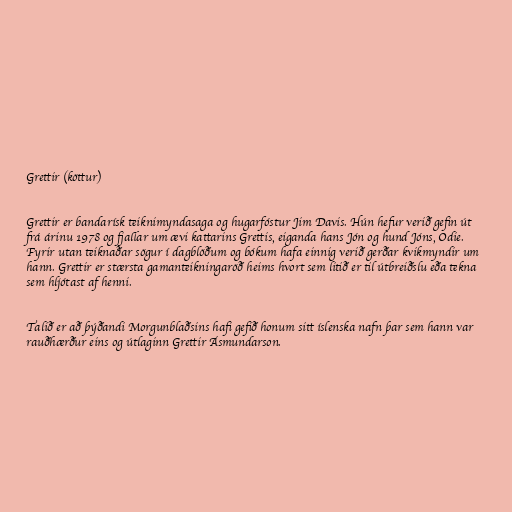
Grettir (köttur)

Grettir er bandarísk teiknimyndasaga og hugarfóstur Jim Davis. Hún hefur verið gefin út
frá árinu 1978 og fjallar um ævi kattarins Grettis, eiganda hans Jón og hund Jóns, Odie.
Fyrir utan teiknaðar sögur í dagblöðum og bókum hafa einnig verið gerðar kvikmyndir um
hann. Grettir er stærsta gamanteikningaröð heims hvort sem litið er til útbreiðslu eða tekna
sem hljótast af henni.

Talið er að þýðandi Morgunblaðsins hafi gefið honum sitt íslenska nafn þar sem hann var
rauðhærður eins og útlaginn Grettir Ásmundarson.